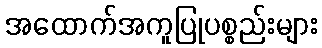
အထောက်အကူပြုပစ္စည်းများ